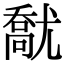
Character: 𡰘